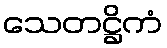
သေတဋ္ဌိကံ